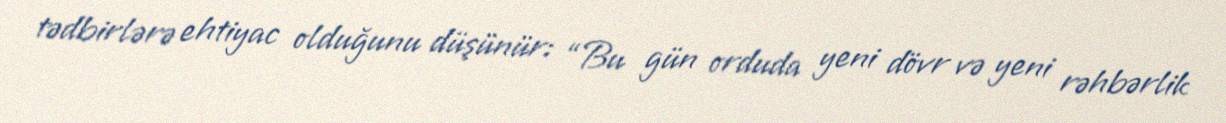
tədbirlərə ehtiyac olduğunu düşünür: “Bu gün orduda yeni dövr və yeni rəhbərlik